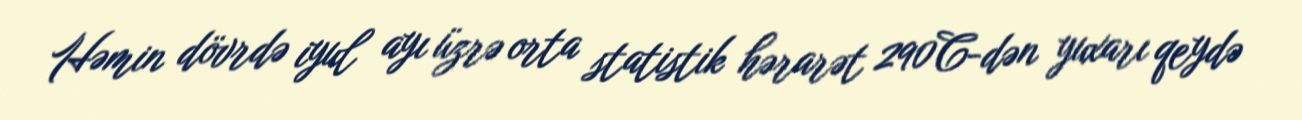
Həmin dövrdə iyul ayı üzrə orta statistik hərarət 290C-dən yuxarı qeydə